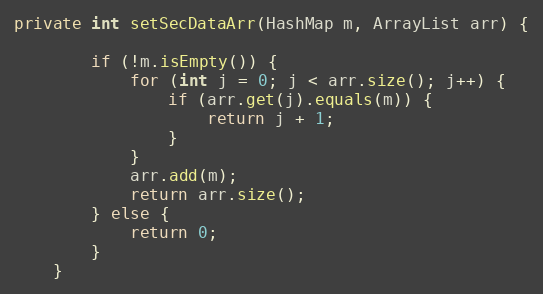
Language: Java
private int setSecDataArr(HashMap m, ArrayList arr) {

        if (!m.isEmpty()) {
            for (int j = 0; j < arr.size(); j++) {
                if (arr.get(j).equals(m)) {
                    return j + 1;
                }
            }
            arr.add(m);
            return arr.size();
        } else {
            return 0;
        }
    }